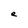
Character: e